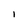
Character: I